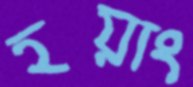
হয়াং